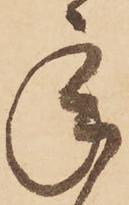
承